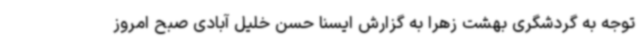
توجه به گردشگری بهشت زهرا به گزارش ایسنا حسن خلیل آبادی صبح امروز